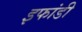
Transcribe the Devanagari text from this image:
इफांडी